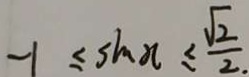
- 1 \leq \sin x \leq \frac { \sqrt { 2 } } { 2 . }